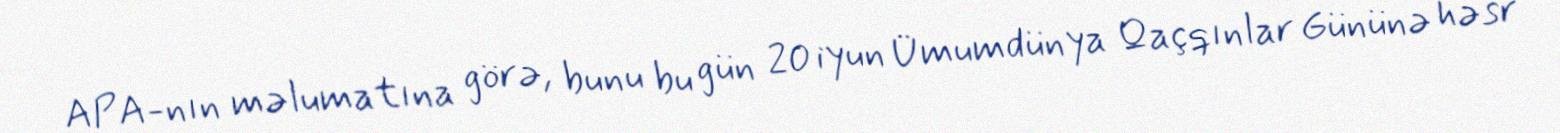
APA-nın məlumatına görə, bunu bu gün 20 iyun Ümumdünya Qaçqınlar Gününə həsr